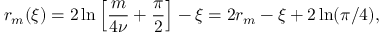
r _ { m } ( \xi ) = 2 \ln \left[ \frac { m } { 4 \nu } + \frac { \pi } { 2 } \right] - \xi = 2 r _ { m } - \xi + 2 \ln ( \pi / 4 ) ,